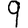
Digit: 9